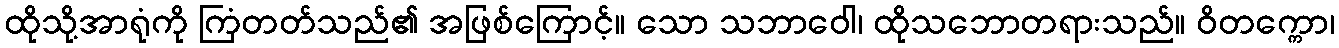
ထိုသို့အာရုံကို ကြံတတ်သည်၏ အဖြစ်ကြောင့်။ သော သဘာဝေါ၊ ထိုသဘောတရားသည်။ ဝိတက္ကော၊